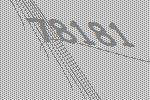
78181